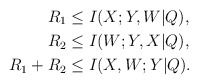
\begin{align*}R_1 &\le I(X; Y,W|Q),\\R_2 &\le I(W; Y,X|Q),\\R_1 + R_2 &\le I(X,W; Y|Q).\end{align*}